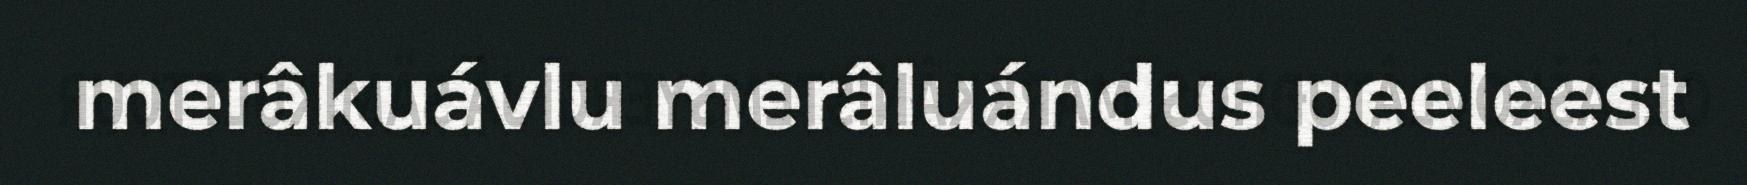
merâkuávlu merâluándus peeleest